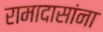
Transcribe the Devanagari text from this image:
रामादासांना